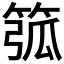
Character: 𥮰